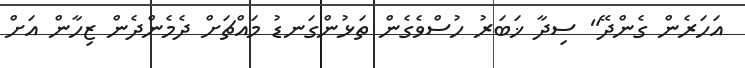
އަހަރެން ގެންދޭ" ސިދާ ޚަބަރު ހުސްވެގެން ތަޅުންގަނޑު މައްޗަށް ދެމެންދެން ޒިހާން އަށް